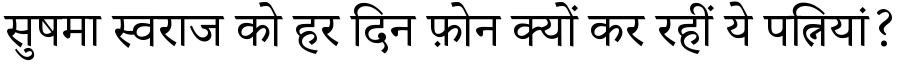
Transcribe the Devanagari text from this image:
सुषमा स्वराज को हर दिन फ़ोन क्यों कर रहीं ये पत्नियां?